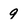
Character: 9